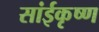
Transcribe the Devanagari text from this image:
सांईकृष्‍ण